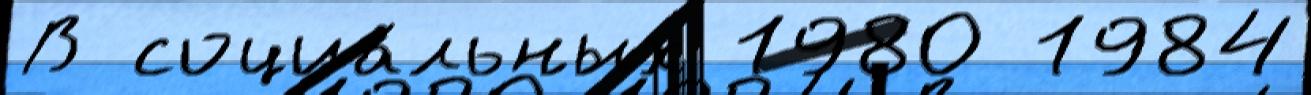
В социа́льных 1980 1984